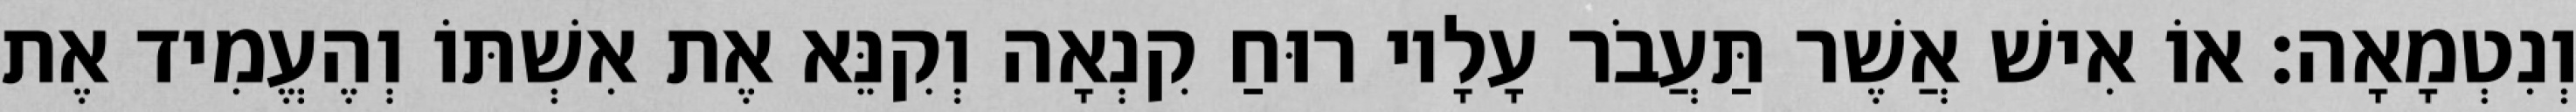
וְנִטְמָאָה׃ אוֹ אִישׁ אֲשֶׁר תַּעֲבֹר עָלָיו רוּחַ קִנְאָה וְקִנֵּא אֶת אִשְׁתּוֹ וְהֶעֱמִיד אֶת